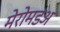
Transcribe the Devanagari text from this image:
मेरोमडअ